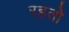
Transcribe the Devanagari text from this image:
रहतो